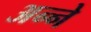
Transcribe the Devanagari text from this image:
अन्ने